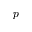
p